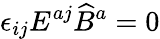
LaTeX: \epsilon_{ij}E^{aj}\widehat B^{a}=0